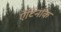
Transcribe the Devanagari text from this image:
ऐंटिनॉक